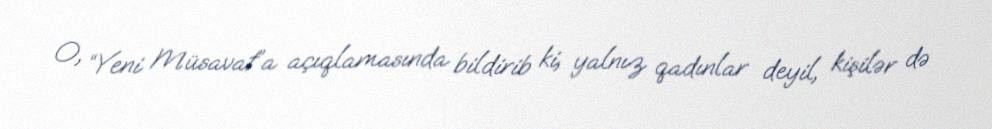
O, “Yeni Müsavat”a açıqlamasında bildirib ki, yalnız qadınlar deyil, kişilər də